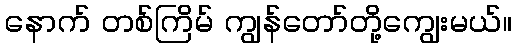
နောက် တစ်ကြိမ် ကျွန်တော်တို့ကျွေးမယ်။